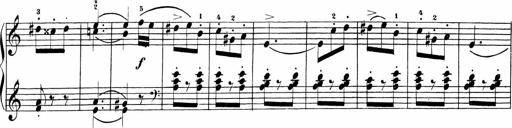
Title: Sonatinen Op.47, 98 und 136, nebst 6 Liedersonatinen
Composer: Carl Reinecke